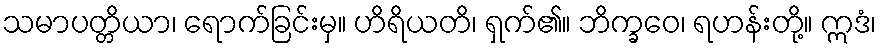
သမာပတ္တိယာ၊ ရောက်ခြင်းမှ။ ဟိရိယတိ၊ ရှက်၏။ ဘိက္ခဝေ၊ ရဟန်းတို့။ ဣဒံ၊